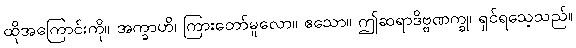
ထိုအကြောင်းကို။ အက္ခာဟိ၊ ကြားတော်မူလော။ ဧသော။ ဤဆရာဒိဗ္ဗဏက္ခု၊ ရှင်ရသေ့သည်။